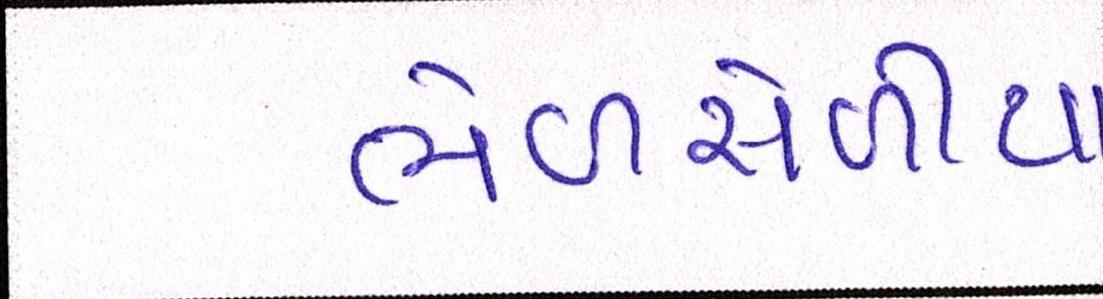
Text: ભેળસેળીયા